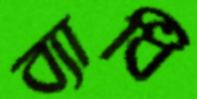
ব্যাধি